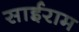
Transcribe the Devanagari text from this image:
साईराम